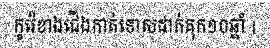
កូរ៉េខាងជើងកាត់ទោសដាក់គុក១០ឆ្នាំ |